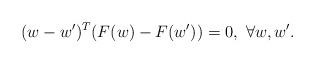
LaTeX: \begin{align*}(w-w')^T(F(w)-F(w'))=0,~\forall w,w'.\end{align*}